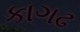
કાગઢ